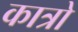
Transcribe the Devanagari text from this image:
कात्रो